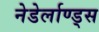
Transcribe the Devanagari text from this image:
नेडेर्लाण्ड्स